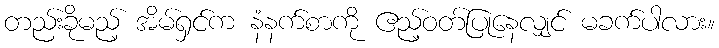
တည်းခိုမည့် အိမ်ရှင်က နံနက်စာကို ဧည့်ဝတ်ပြုနေလျှင် မခက်ပါလား။